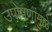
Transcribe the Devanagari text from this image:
उपोषणांमुळे